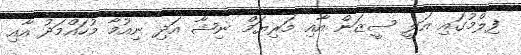
ފިލްމުގައި އަލީ ސީޒަން އާއި މަރިޔަމް ނިޝާ އަދި ނިއުމާ މުހައްމަދު އާއި